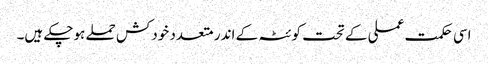
اسی حکمت عملی کے تحت کوئٹہ کے اندر متعدد خودکش حملے ہوچکے ہیں۔